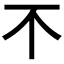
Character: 𣎴